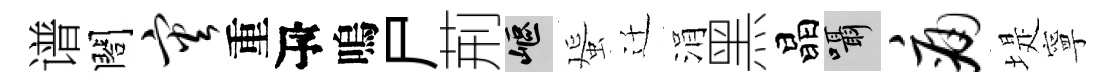
谱閤灾重瓴嗚尸荊嶇蜑迁涓黑晶囁痛堤寧